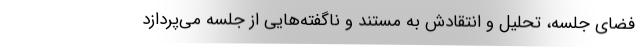
فضای جلسه، تحلیل و انتقادش به مستند و ناگفته‌هایی از جلسه می‌پردازد